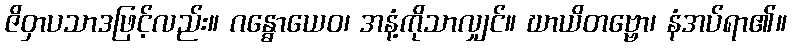
ဇိဝှာပသာဒဖြင့်လည်း။ ဂန္ဓောယေဝ၊ အနံ့ကိုသာလျှင်။ ဃာယိတဗ္ဗော၊ နံအပ်ရာ၏။